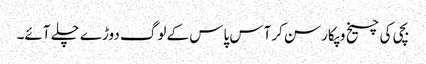
بچی کی چیخ وپکار سن کرآس پاس کے لوگ دوڑے چلے آئے۔